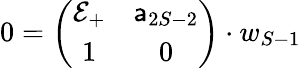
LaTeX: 0=\left(\begin{array}{cc}{{{\cal E}_{+}}}&{{{\sf a}_{2S-2}}}\\ {{1}}&{{0}}\end{array}\right)\cdot w_{S-1}